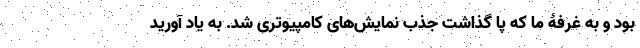
بود و به غرفۀ ما که پا گذاشت جذب نمایش‌های کامپیوتری شد. به یاد آورید